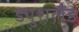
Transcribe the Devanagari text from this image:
ड्युशलैंड